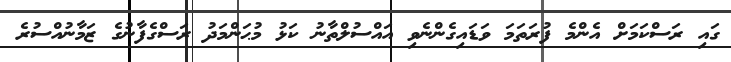
ގައި ރަސްކަމަށް އެންމެ ފުރަތަމަ ވަޑައިގެންނެވި އައްސުލްތާނު ކަޅު މުޙަންމަދު ރަސްގެފާނުގެ ޒަމާނުއްސުރެ